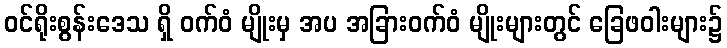
ဝင်ရိုးစွန်းဒေသ ရှိ ဝက်ဝံ မျိုးမှ အပ အခြားဝက်ဝံ မျိုးများတွင် ခြေဖဝါးများ၌